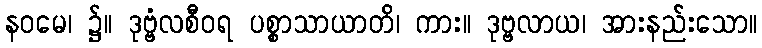
နဝမေ၊ ၌။ ဒုဗ္ဗံလစီဝရ ပစ္စာသာယာတိ၊ ကား။ ဒုဗ္ဗလာယ၊ အားနည်းသော။